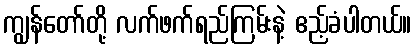
ကျွန်တော်တို့ လက်ဖက်ရည်ကြမ်းနဲ့ ဧည့်ခံပါတယ်။